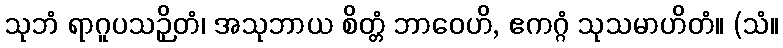
သုဘံ ရာဂူပသဉှိတံ၊ အသုဘာယ စိတ္တံ ဘာဝေဟိ, ဧကဂ္ဂံ သုသမာဟိတံ။ (သံ။